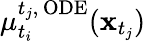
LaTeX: \mu_{t_{i}}^{t_{j},\, \mathrm{ODE}}(\mathbf{x}_{t_{j}})